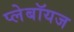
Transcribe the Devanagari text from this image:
प्लेबॉयज